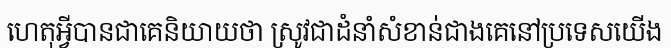
ហេតុអ្វីបានជាគេនិយាយថា ស្រូវជាដំនាំសំខាន់ជាងគេនៅប្រទេសយើង